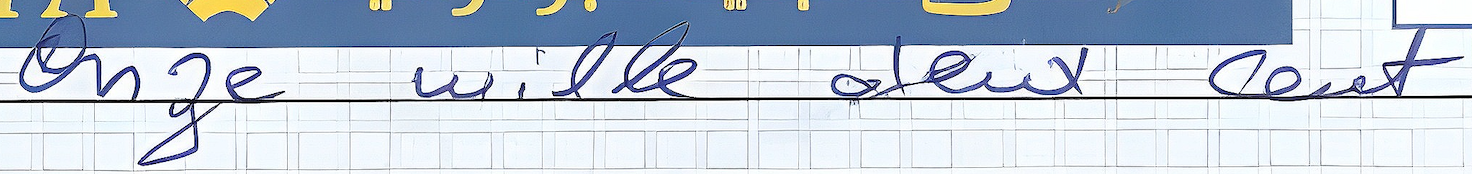
Onze mille deux cent